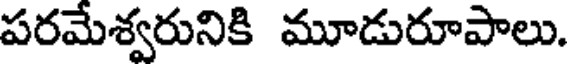
పరమేశ్వరునికి మూడురూపాలు.